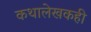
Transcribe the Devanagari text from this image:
कथालेखकही